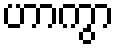
ဟာကွာ